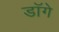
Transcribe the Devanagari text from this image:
डॉगे